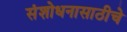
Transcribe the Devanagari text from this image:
संशोधनासाठीचे